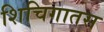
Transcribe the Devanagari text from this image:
शिचिगातस